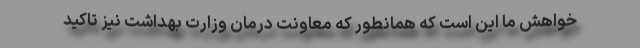
خواهش ما این است که همانطور که معاونت درمان وزارت بهداشت نیز تاکید